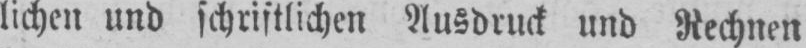
lichen und schriftlichen Ausdruck und Rechnen